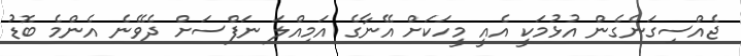
ޖެއްސިގަނެގެން އުޅުމަކީ އެއީ މީހަކަށް އޭނާގެ އަމިއްލަ ނަފްސަށް ދެވޭނެ އެންމެ ބޮޑު